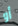
أو